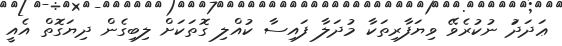
ޢަދަދަު ނުކުރެވޭ ވިޔަފާރިތަކާ މުދަލާ ފައިސާ ކުއްލި ގޮތަކަށް ލިބިގެން ދިޔަގޮތް އެއީ